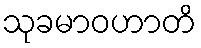
သုခမာဝဟာတိ